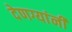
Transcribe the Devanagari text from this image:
देणग्यांनी